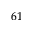
^ { 6 1 }